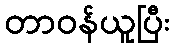
တာဝန်ယူပြီး